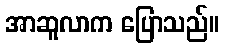
အာဆူလာက ပြောသည်။